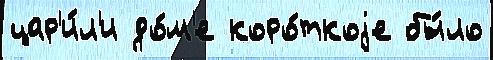
цар'и́л'и до́м'е коро́ткоjе бы́ло